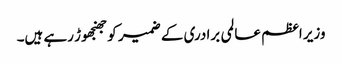
وزیر اعظم عالمی برادری کے ضمیر کو جھنجھوڑ رہے ہیں۔